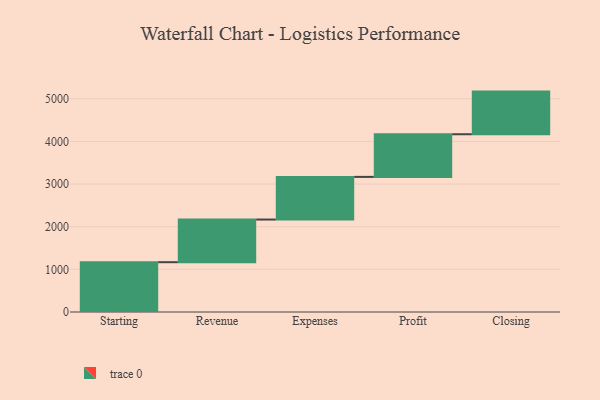
{"axis": {"x": "Step", "y": "Value"}, "legend": [""], "data": [{"x": "Starting", "y": 1168.0, "type": ""}, {"x": "Revenue", "y": 1000, "type": ""}, {"x": "Expenses", "y": 1000, "type": ""}, {"x": "Profit", "y": 1000, "type": ""}, {"x": "Closing", "y": 1000, "type": ""}]}